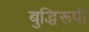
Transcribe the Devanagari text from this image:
बुद्धिरूपी